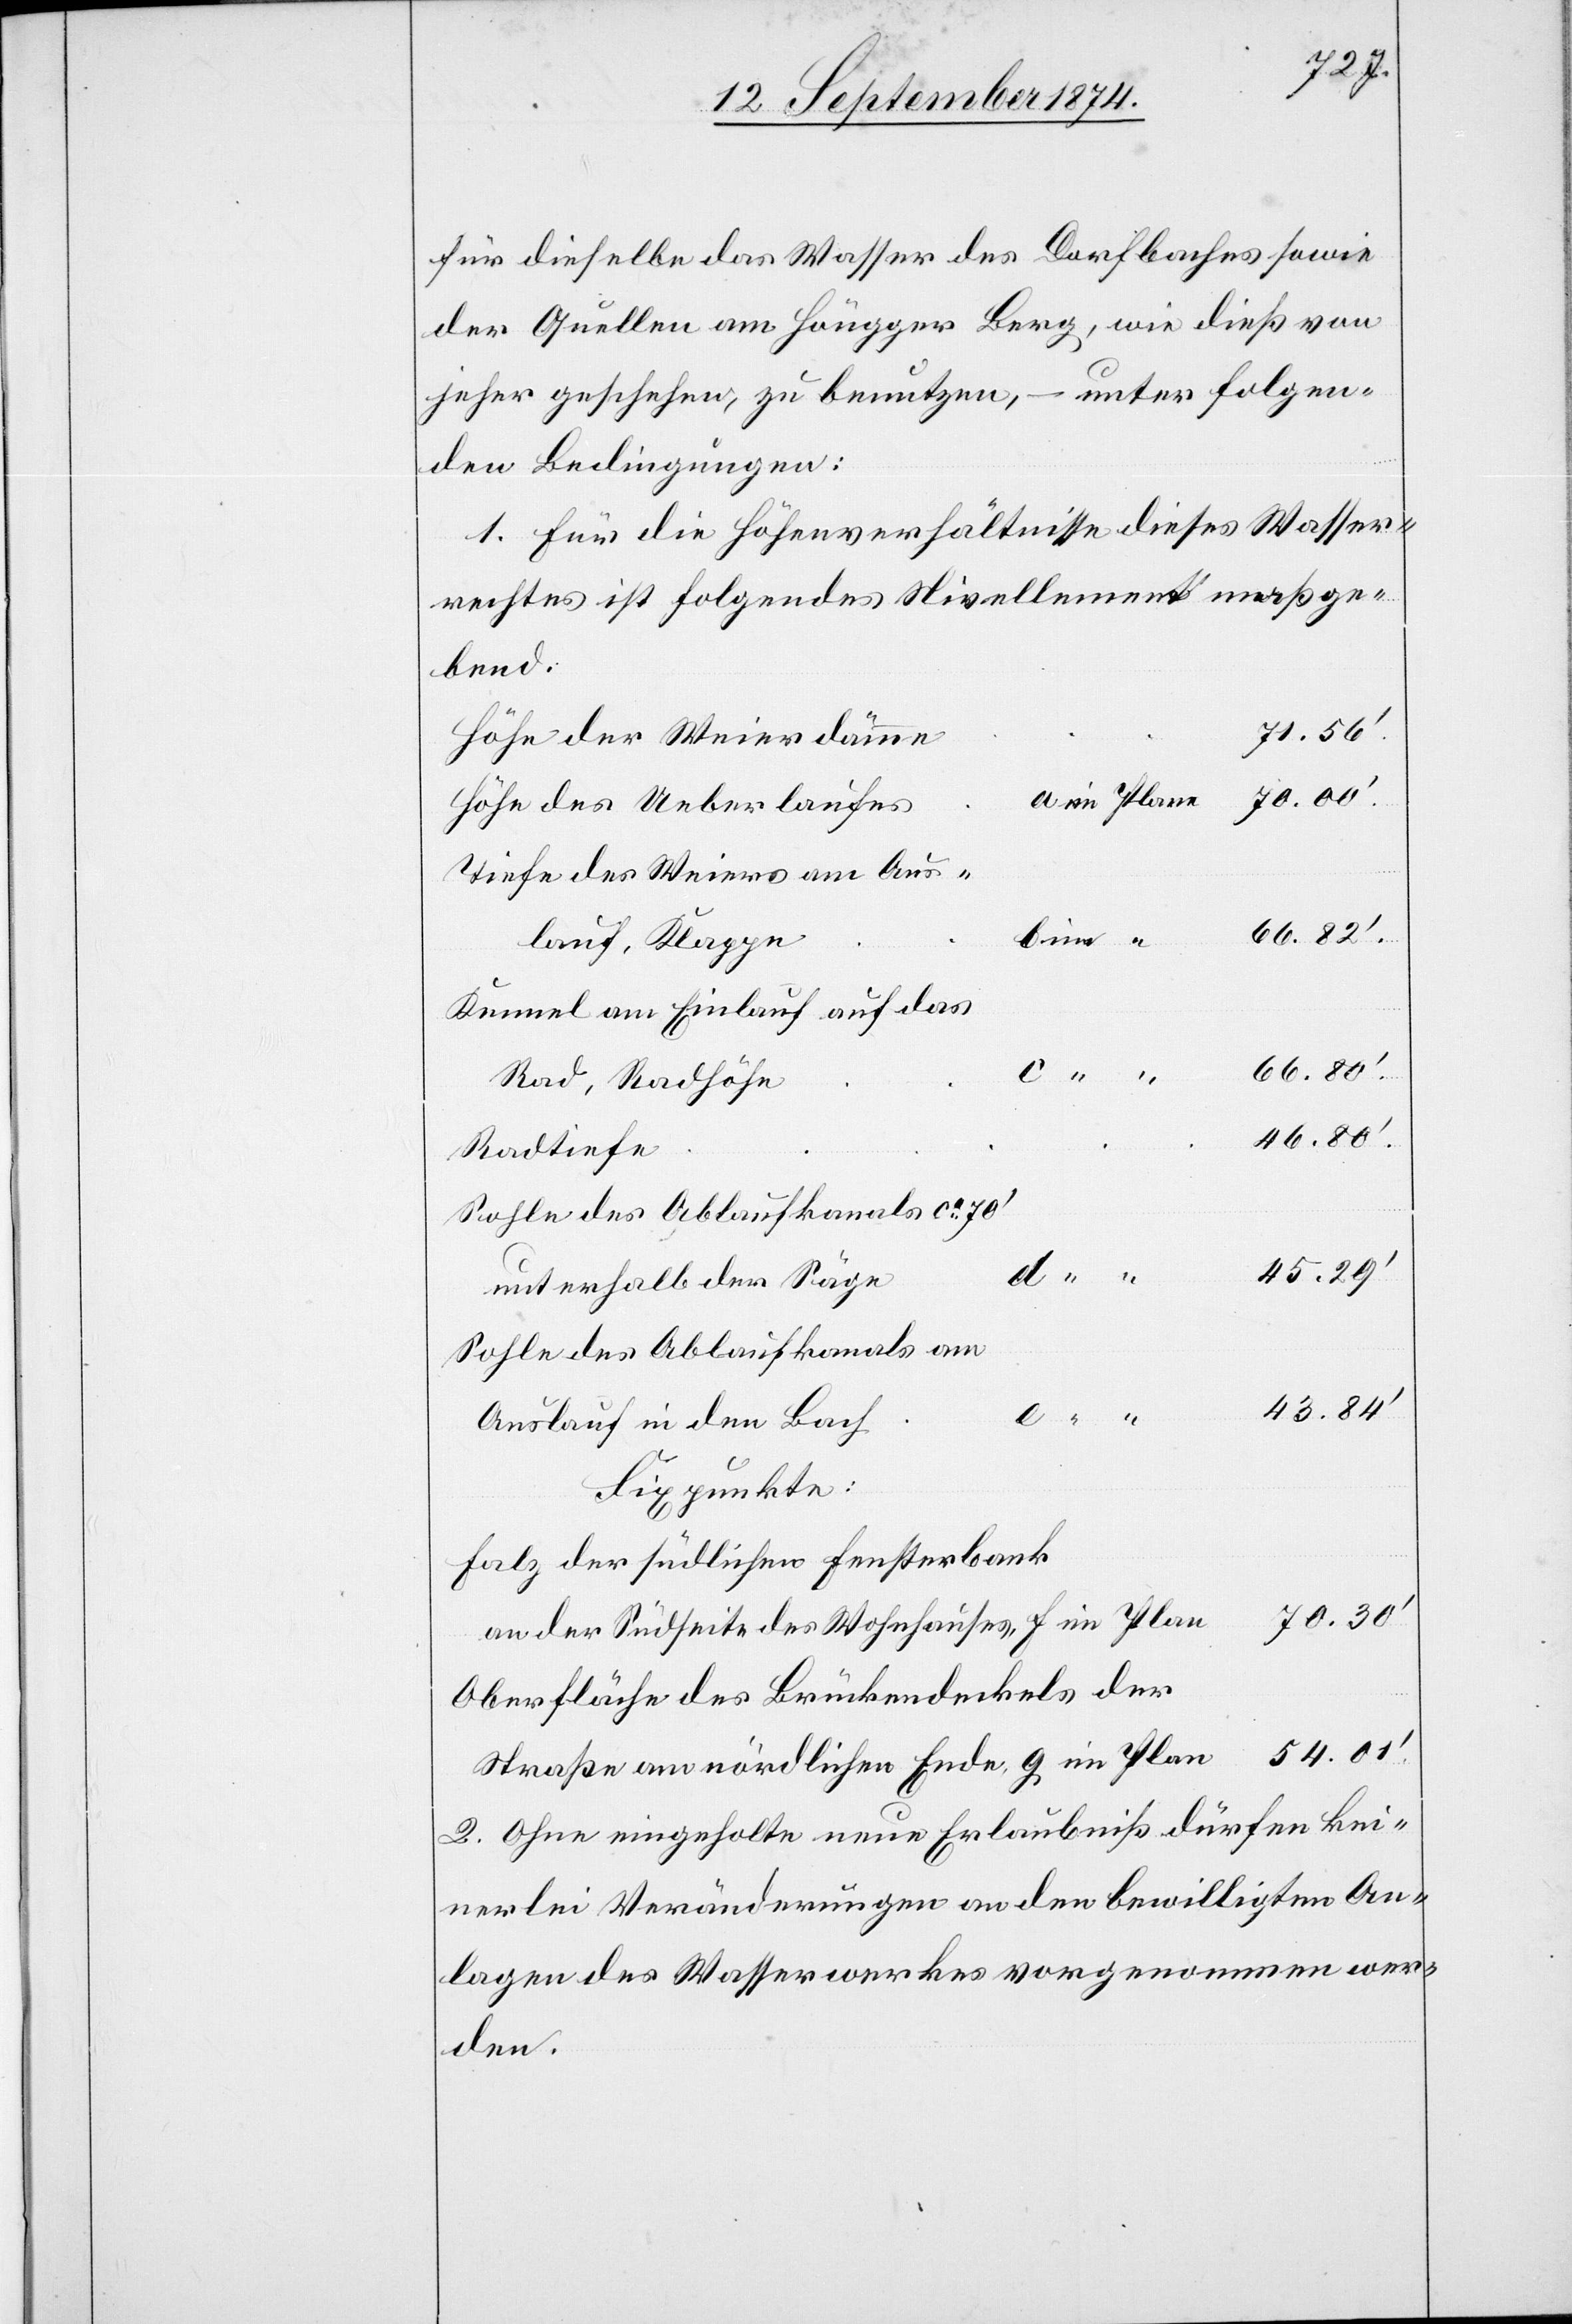
für dieselbe das Wasser des Dorfbaches sowie
der Quellen am Höngger Berg, wie dieß von
jeher geschehen, zu benutzen, – unter folgen¬
den Bedingungen:
1. Für die Höhenverhältnisse dieses Wasser¬
rechtes ist folgendes Nivellement maßge¬
bend.
71.56‘.
Höhe der Weierdämme
Höhe des Ueberlaufes
Tiefe des Weiers am Aus¬
66.82‘.
lauf, Klappe
Kennel am Einlauf auf das
66.80‘.
Rad, Radhöhe.
46.80‘.
Radtiefe
Sohle des Ablaufkanals ca 70‘
45.29‘
unterhalb der Säge
Sohle des Ablaufkanals am
43.84‘
Auslauf in dem Bach
Fixpunkte:
Falz der südlichen Fensterbank
Oberfläche des Brückendeckels der
2. Ohne eingeholte neue Erlaubniß dürfen kei¬
nerlei Veränderungen an den bewilligten An¬
lagen des Wasserwerkes vorgenommen wer¬
den.